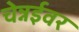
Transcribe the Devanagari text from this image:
चेन्नईवर